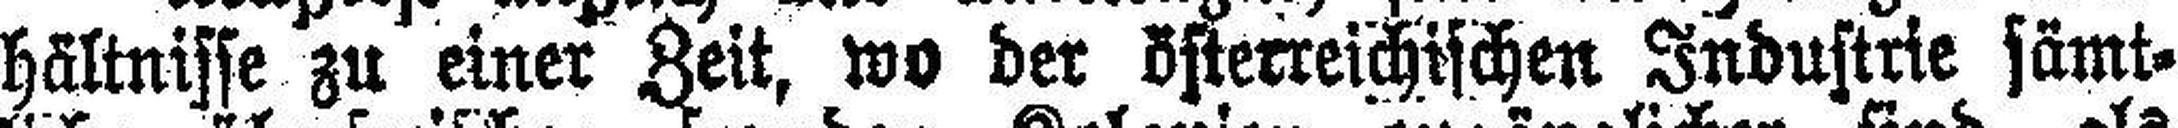
hältnisse zu einer Zeit, wo der österreichischen Industrie sämt¬